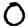
Digit: 0